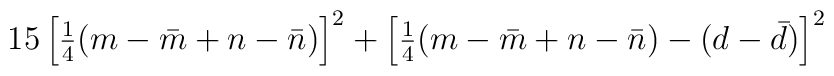
15 \left[ {\textstyle{1\over 4}} (m-\bar m + n -\bar n )\right]^2+ \left[ {\textstyle{1\over 4}} (m-\bar m + n - \bar n ) - (d-\bar d)\right]^2